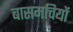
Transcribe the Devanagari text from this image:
बासमचियों